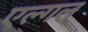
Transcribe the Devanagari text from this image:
एल्गल